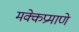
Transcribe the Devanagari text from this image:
मक्केप्रमाणे